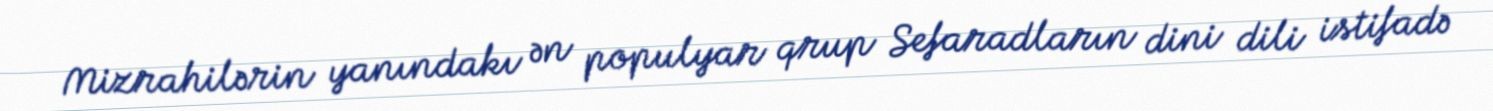
Mizrahilərin yanındakı ən populyar qrup Sefaradların dini dili istifadə